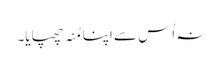
نہ اُس سے اپنا مُنہ چھپایا۔